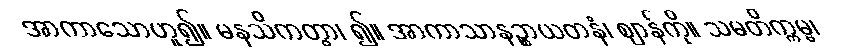
အာကာသောဟူ၍။ မနသိကတွာ၊ ၍။ အာကာသာနဉ္စာယတနံ၊ ဈာန်ကို။ သမတိက္ကမ္မ၊